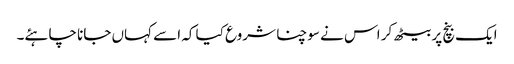
ایک بنچ پر بیٹھ کر اس نے سوچنا شروع کیا کہ اسے کہاں جانا چاہئے۔